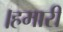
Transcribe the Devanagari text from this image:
।हमारी